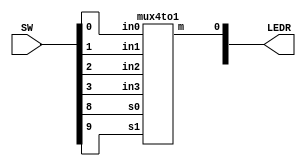
module lab2_part2 (LEDR,SW);
	input [9:0] SW;
	output [9:0] LEDR;
	mux4to1 u0(
	.in0(SW[0]),
	.in1(SW[1]),
	.in2(SW[2]),
	.in3(SW[3]),
	.s0(SW[8]),
	.s1(SW[9]),
	.m(LEDR[0])

);

endmodule


module mux4to1(in0,in1,in2,in3,s0,s1,m);
input in0;
input in1;
input in2;
input in3;
input s0;
input s1;
output m;

wire w0;
wire w1;
mux2to1 m3(in0,in1,s0,w0);
mux2to1 m2(in2,in3,s0,w1);
mux2to1 m1(w0,w1,s1,m);
endmodule







module mux2to1(x,y,s,m);
input x;//select 0

input y;//select 1
input s;// select signal
output m;//output

assign m = s & y | ~s & x;
endmodule